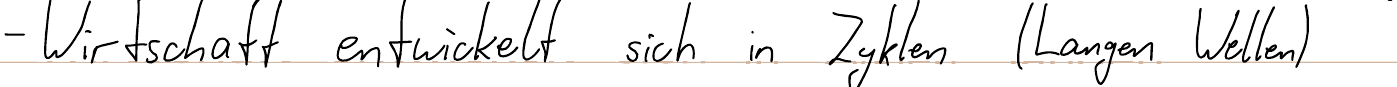
- Wirtschaft entwickelt sich in Zyklen (Langen Wellen)